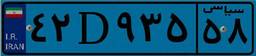
۴۳D۰۳۴۳۴